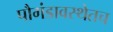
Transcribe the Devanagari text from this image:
पौगंडावस्थेतच